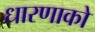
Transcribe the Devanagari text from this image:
धारणाको